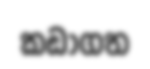
කඩාගත